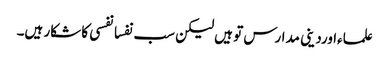
علماءاوردینی مدارس تو ہیں لیکن سب نفسانفسی کا شکار ہیں۔